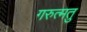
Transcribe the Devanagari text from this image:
गरुत्मतु